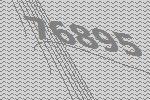
76895